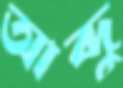
আব্দু